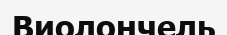
Виолончель